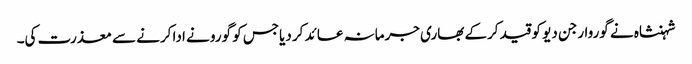
شہنشاہ نے گوروارجن دیو کو قید کرکے بھاری جرمانہ عائد کر دیاجس کو گورو نے ادا کرنے سے معذرت کی۔